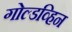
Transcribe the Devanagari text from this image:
गोल्डव्हिन